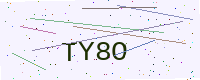
Text: TY8O